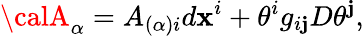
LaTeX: {\calA}_{\alpha}=A_{(\alpha)i}d\mathbf{x}^{i}+\theta^{i}g_{i\mathbf{j}}D\theta^{\mathbf{j}},